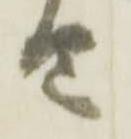
由